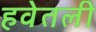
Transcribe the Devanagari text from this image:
हवेतली